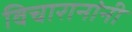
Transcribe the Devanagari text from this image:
विचारानांनी